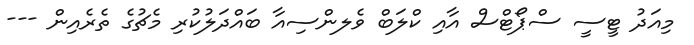
މިއަދު ޓީސީ ސްޕޯޓްސް އާއި ކްލަބް ވެެލންސިއާ ބައްދަލުކުރި މެޗުގެ ތެރެއިން ---